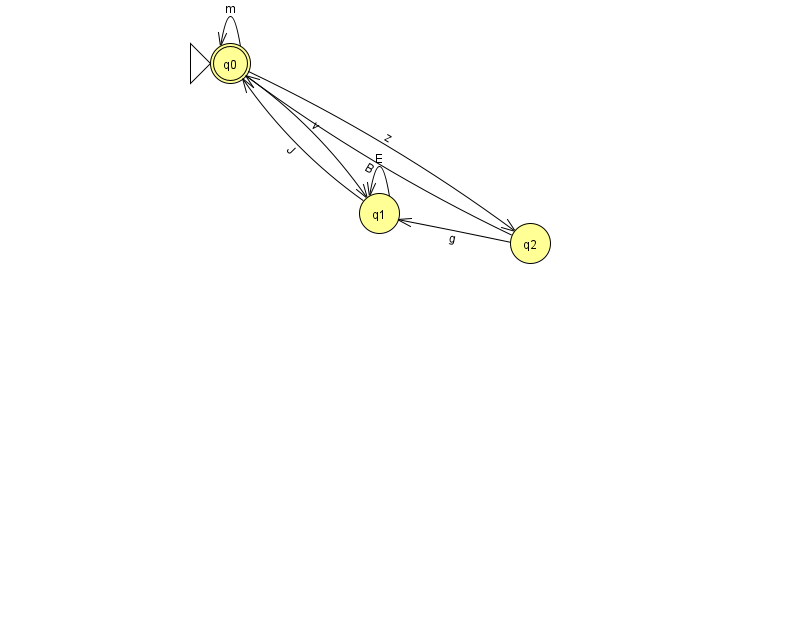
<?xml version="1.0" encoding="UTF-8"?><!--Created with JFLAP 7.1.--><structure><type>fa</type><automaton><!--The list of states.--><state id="0" name="q0"><x>230.0</x><y>50.0</y><initial/><final/></state><state id="1" name="q1"><x>379.0</x><y>200.0</y></state><state id="2" name="q2"><x>530.0</x><y>230.0</y></state><!--The list of transitions.--><transition><from>1</from><to>0</to><read>J</read></transition><transition><from>2</from><to>1</to><read>g</read></transition><transition><from>0</from><to>2</to><read>z</read></transition><transition><from>1</from><to>1</to><read>E</read></transition><transition><from>0</from><to>1</to><read>v</read></transition><transition><from>0</from><to>0</to><read>m</read></transition><transition><from>2</from><to>0</to><read>B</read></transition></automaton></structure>